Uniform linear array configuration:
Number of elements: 64
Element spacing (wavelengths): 0.25
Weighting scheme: hamming
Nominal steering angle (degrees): -45
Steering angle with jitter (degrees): -46.821
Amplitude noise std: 0.05
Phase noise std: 0.05

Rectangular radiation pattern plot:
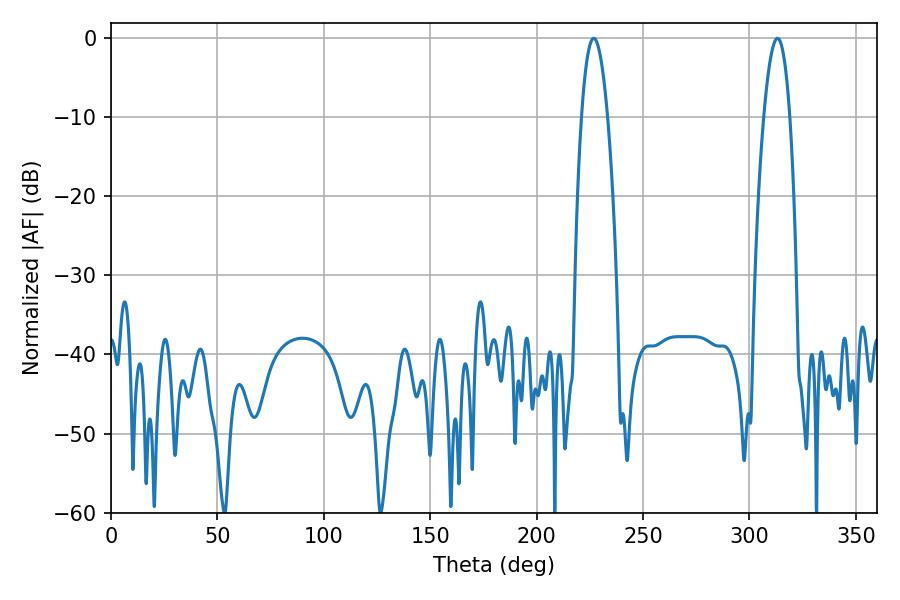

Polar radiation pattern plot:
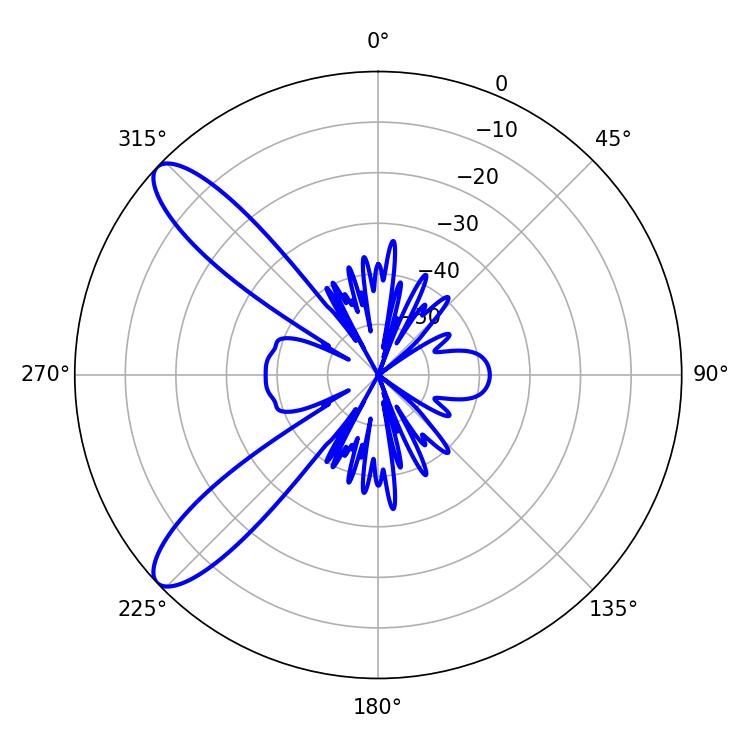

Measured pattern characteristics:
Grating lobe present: FALSE
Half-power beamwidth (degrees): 6.84
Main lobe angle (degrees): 226.8